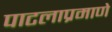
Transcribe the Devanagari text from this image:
पाटलाप्रमाणे